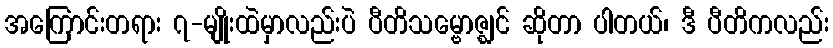
အကြောင်းတရား ၇-မျိုးထဲမှာလည်းပဲ ပီတိသမ္ဗောဇ္ဈင် ဆိုတာ ပါတယ်၊ ဒီ ပီတိကလည်း